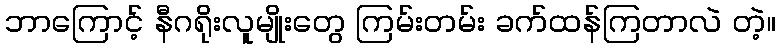
ဘာကြောင့် နီဂရိုးလူမျိုးတွေ ကြမ်းတမ်း ခက်ထန်ကြတာလဲ တဲ့။